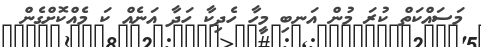
މަސައްކަތް ކުރަ މުން އަނބި މީހާ ހެދިކާ ހަދާ އަނެއް ކަ މެއްކޮށްގެން